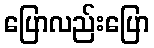
ပြောလည်းပြော